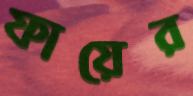
ফায়ের